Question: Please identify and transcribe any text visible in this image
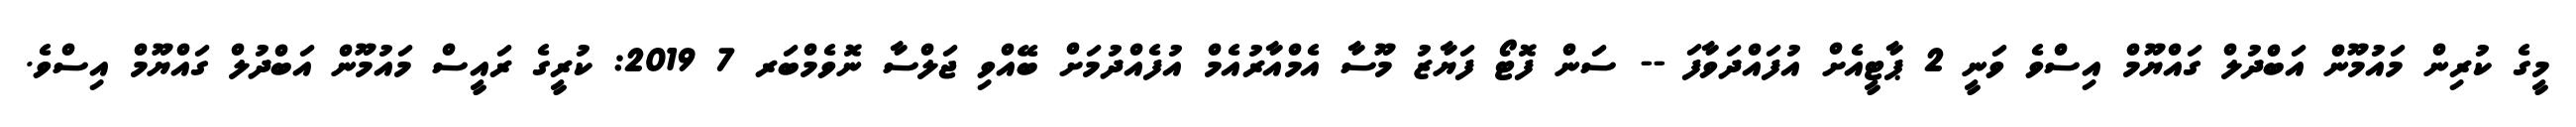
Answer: މީގެ ކުރިން މައުމޫން އަބްދުލް ގައްޔޫމް އިސްވެ ވަނީ 2 ޕާޓީއެށް އުފައްދަވާފަ -- ސަން ފޮޓޯ ފަޔާޒު މޫސާ އެމްއާރުއެމް އުފެއްދުމަށް ބޭއްވި ޖަލްސާ ނޮވެމްބަރ 7 2019: ކުރީގެ ރައީސް މައުމޫން އަބްދުލް ގައްޔޫމް އިސްވެ.